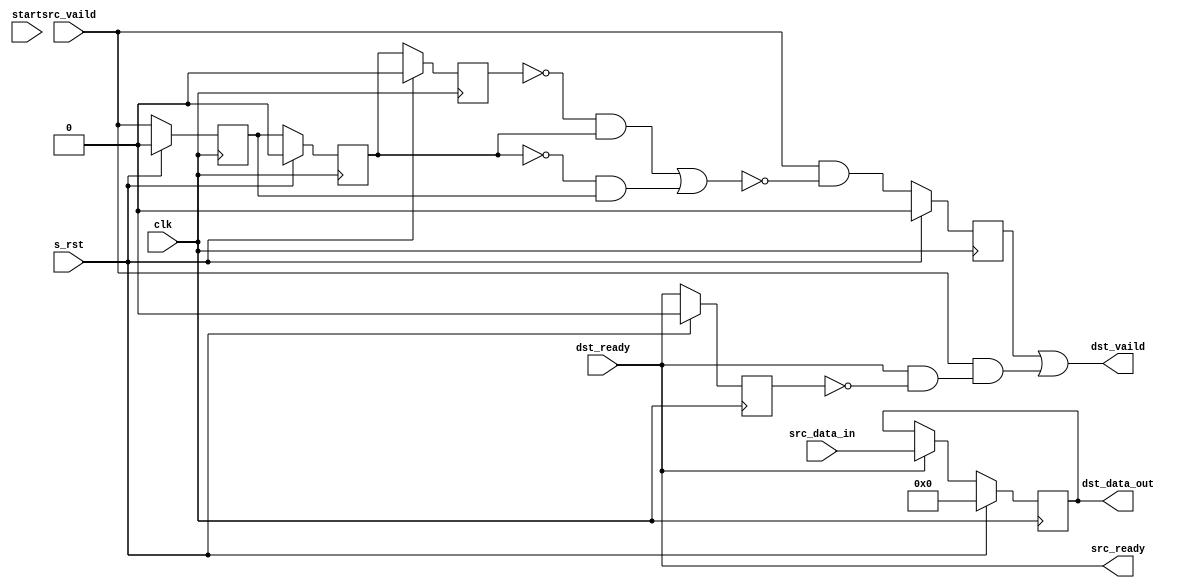
// -----------------------------------------------------------------------------
// Copyright (c) 2014-2022 All rights reserved
// -----------------------------------------------------------------------------
// wechat : wxz18066913150
// Create : 2022-08-22 08:53:28
// Revise : 2022-08-22 08:53:28
// Editor : sublime text3, tab size (4)
// -----------------------------------------------------------------------------
module Forward_Registered_v1#( 
	parameter	WIDTH = 8 ,
	parameter 	DEPTH = 256 
	)
(
	clk,
	s_rst,
	start,
	src_vaild,
	src_data_in,

	src_ready,

	dst_ready,

	dst_vaild,
	dst_data_out

	);
input						clk			;
input						s_rst		;
input						start		;
input						src_vaild	;
input		[WIDTH-1:0]		src_data_in ;
input						dst_ready	;

output						dst_vaild	;
output	reg	[WIDTH-1:0]		dst_data_out;
output						src_ready 	;



reg 				error_data_flag		;
reg 				error_data_flag_r1	;
reg 				error_data_flag_r2	;

reg 				dst_vaild_r			;

reg 				src_ready_r			;

always@(posedge clk)begin
	if(s_rst == 1'b1)
		begin
			error_data_flag		<= 1'b0;
			error_data_flag_r1	<= 1'b0;
			error_data_flag_r2	<= 1'b0;
		end
	else begin
		error_data_flag		<= src_vaild			;
		error_data_flag_r1	<= error_data_flag		;
		error_data_flag_r2	<= error_data_flag_r1	;
	end
end


always @(posedge clk) begin
	if (s_rst == 1'b1) 
		dst_vaild_r <= 1'b0;
	else
		dst_vaild_r <= src_vaild & ( !(  (!error_data_flag_r2 & error_data_flag_r1) | (!error_data_flag_r1 & error_data_flag ) ));
end

assign dst_vaild = dst_vaild_r | ((src_vaild && (src_ready && !src_ready_r)));//

always @(posedge clk) begin
	if (s_rst == 1'b1)
		dst_data_out <= 'd0;
	else if(src_ready)
		dst_data_out <= src_data_in;

end

always @(posedge clk) begin
	if (s_rst == 1'b1) begin
		// reset
		src_ready_r <= 1'b0;
	end
	else begin
		src_ready_r <= src_ready;
	end
end


assign src_ready = dst_ready;

endmodule